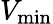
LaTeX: V_{\mathrm{min}}